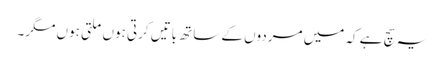
یہ سچ ہے کہ میں مردوں کے ساتھ باتیں کرتی ہوں ملتی ہوں مگر۔